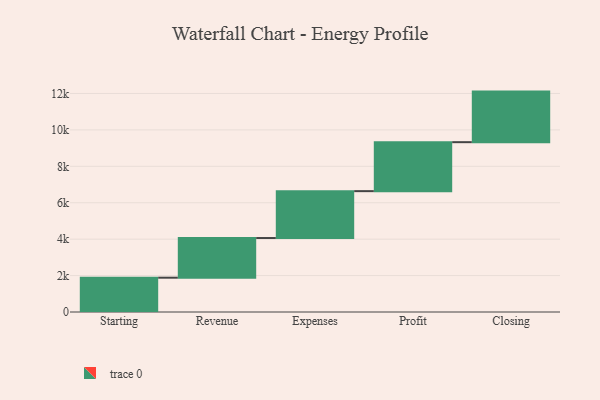
{"axis": {"x": "Step", "y": "Value"}, "legend": [""], "data": [{"x": "Starting", "y": 1884.0, "type": ""}, {"x": "Revenue", "y": 2178.0, "type": ""}, {"x": "Expenses", "y": 2575.0, "type": ""}, {"x": "Profit", "y": 2689.0, "type": ""}, {"x": "Closing", "y": 2777.0, "type": ""}]}